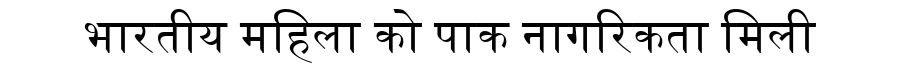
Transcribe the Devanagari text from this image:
भारतीय महिला को पाक नागरिकता मिली